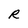
Character: R